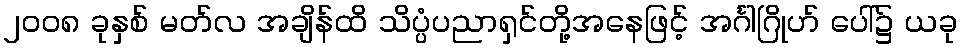
၂၀၀၈ ခုနှစ် မတ်လ အချိန်ထိ သိပ္ပံပညာရှင်တို့အနေဖြင့် အင်္ဂါဂြိုဟ် ပေါ်၌ ယခု